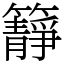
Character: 𥶹